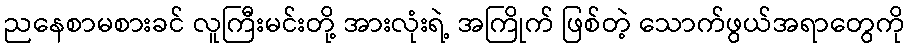
ညနေစာမစားခင် လူကြီးမင်းတို့ အားလုံးရဲ့ အကြိုက် ဖြစ်တဲ့ သောက်ဖွယ်အရာတွေကို